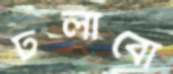
ঢলাবো